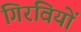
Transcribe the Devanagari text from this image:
गिरवियों